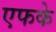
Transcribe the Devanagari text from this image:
एफके